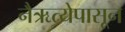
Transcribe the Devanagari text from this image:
नैऋत्येपासून